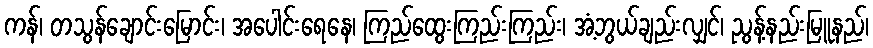
ကန်၊ တသွန်ချောင်းမြောင်း၊ အပေါင်းရေနေ၊ ကြည်ထွေးကြည်းကြည်း၊ အံ့ဘွယ်ချည်းလျှင်၊ ညွန့်နည်းမြူနည်၊